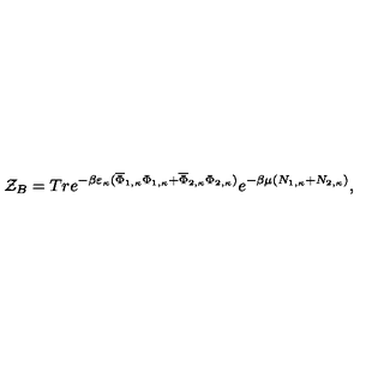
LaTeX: { \cal Z } _ { B } = T r e ^ { - \beta \varepsilon _ { \kappa } ( \overline { { \Phi } } _ { 1 , \kappa } \Phi _ { 1 , \kappa } + \overline { { \Phi } } _ { 2 , \kappa } \Phi _ { 2 , \kappa } ) } e ^ { - \beta \mu ( N _ { 1 , \kappa } + N _ { 2 , \kappa } ) } ,